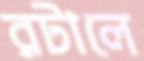
রটালে